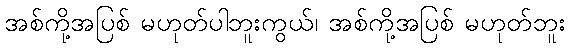
အစ်ကို့အပြစ် မဟုတ်ပါဘူးကွယ်၊ အစ်ကို့အပြစ် မဟုတ်ဘူး